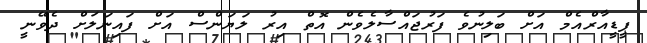
ޕީޑީއާރްއެމް އަށް ބަލިނުވެ ފަރުޖައްސާލެވެން އޮތް އިރު ލަޔަންސް އަށް ފައިނަލަށް ދެވޭނީ